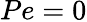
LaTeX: Pe=0